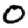
Digit: 0